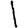
Digit: 1